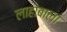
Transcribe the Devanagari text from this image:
लाहोबाला